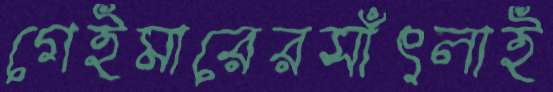
গেইমারেরসাঁৎলাই